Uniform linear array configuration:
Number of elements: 12
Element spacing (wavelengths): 0.75
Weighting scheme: hann
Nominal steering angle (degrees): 30
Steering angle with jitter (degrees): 29.365
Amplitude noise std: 0.05
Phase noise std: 0.05

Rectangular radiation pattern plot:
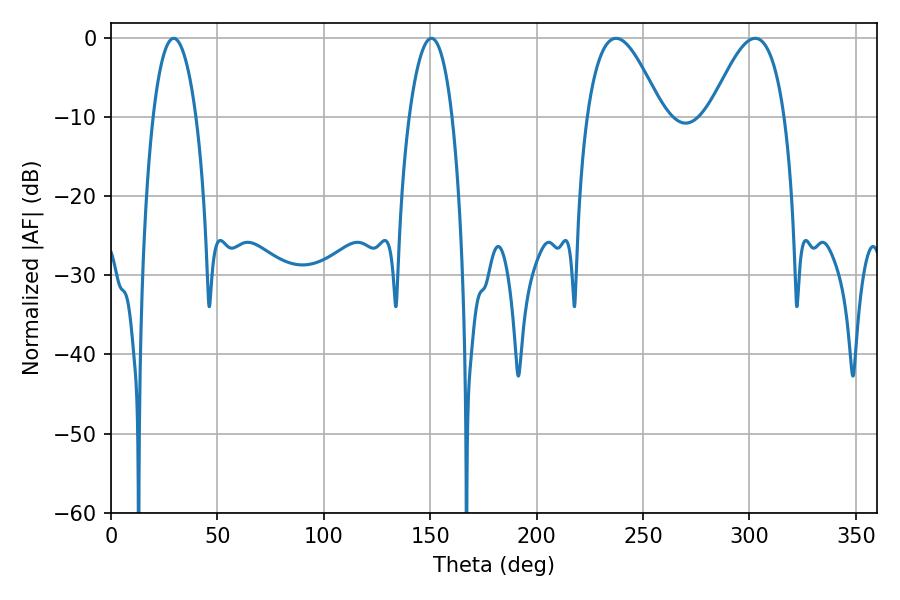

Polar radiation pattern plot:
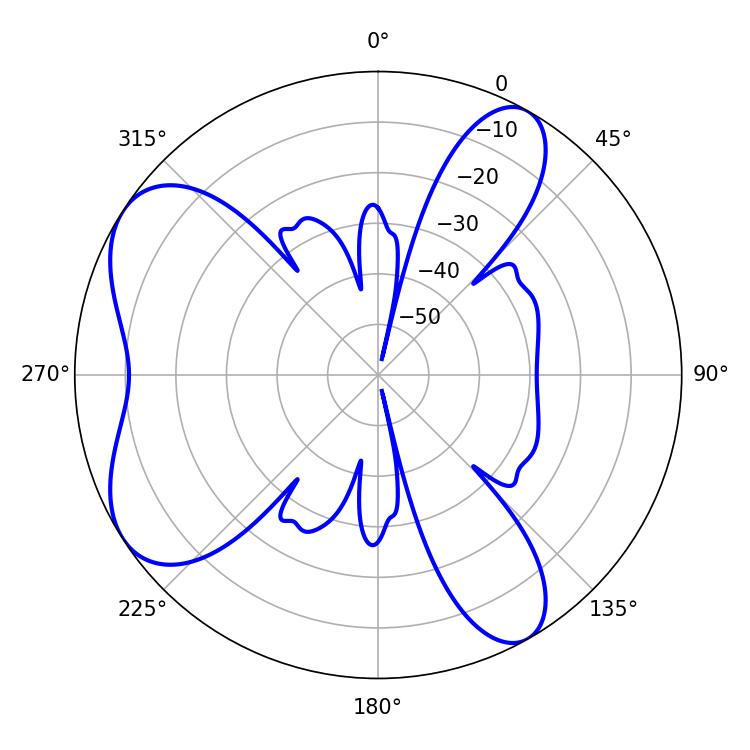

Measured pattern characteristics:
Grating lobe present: TRUE
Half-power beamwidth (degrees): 19.08
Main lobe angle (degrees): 237.24